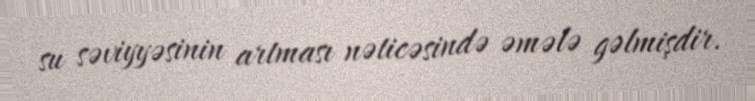
su səviyyəsinin artması nəticəsində əmələ gəlmişdir.